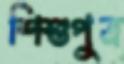
শিশুপুত্র